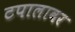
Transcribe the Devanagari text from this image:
टपालावर